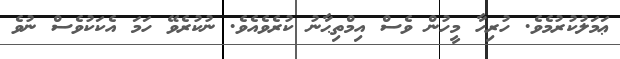
ޢަމަލުކުރުމެވެ. ހުރިހާ މީހުން ވެސް އިމްތިޙާނު ކުރެވެއެވެ. ނުކުރެވޭ ހަމަ އެކަކުވެސް ނުވެ